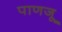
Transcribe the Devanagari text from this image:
पाणजू